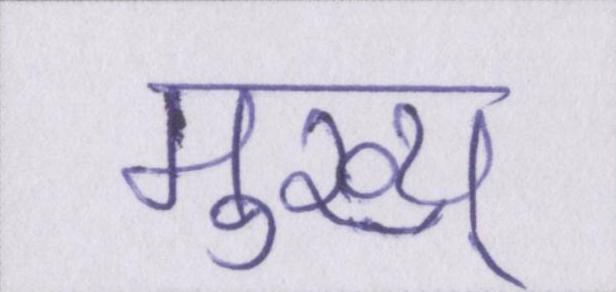
मुख्य्